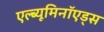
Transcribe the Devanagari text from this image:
एल्ब्यूमिनॉएड्स